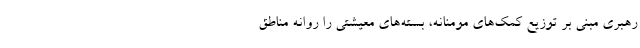
رهبری مبنی بر توزیع کمک‌های مومنانه، بسته‌های معیشتی را روانه مناطق